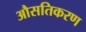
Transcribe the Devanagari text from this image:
औसतिकरण